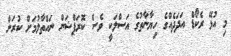
މި އުޅޭ ރެކޯޑް އަދަދެއްގެ ހިޔާނާތުގެ އަސްލަކީ ވެސް ކޮރަޕްޝަން ނައްތާލުމަށް ކުރަން